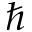
\hbar